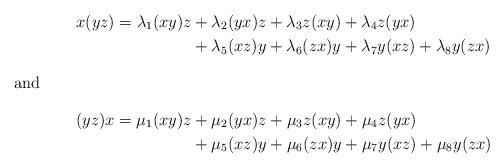
LaTeX: \begin{align*}x(yz)=\lambda_1(xy)z & +\lambda_2(yx)z+\lambda_3z(xy) + \lambda_4 z(yx) \\& + \lambda_5 (xz)y + \lambda_6 (zx)y + \lambda_7 y(xz) + \lambda_8 y(zx)\intertext{and}(yz)x=\mu_1(xy)z & +\mu_2(yx)z+\mu_3z(xy) + \mu_4 z(yx) \\& + \mu_5 (xz)y + \mu_6 (zx)y + \mu_7 y(xz) + \mu_8 y(zx)\end{align*}